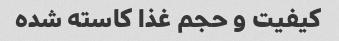
کیفیت و حجم غذا کاسته شده